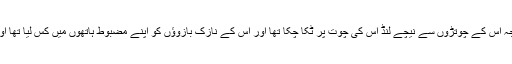
ہم میاں بیوی نے مل کر اسے اپنے ہاتھوں میں جکڑ کر قابو کر لیا تھا اور راجہ اس کے چوتڑوں سے نیچے لنڈ اس کی چوت پر ٹکا چکا تھا اور اس کے نازک بازوؤں کو اپنے مضبوط ہاتھوں میں کس لیا تھا اور اس کے نازک جسم کو اپنے ورزشی بدن کے نیچے دبا کر قابو کر چکا تھا۔